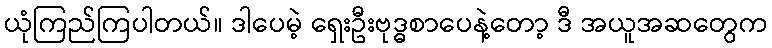
ယုံကြည်ကြပါတယ်။ ဒါပေမဲ့ ရှေးဦးဗုဒ္ဓစာပေနဲ့တော့ ဒီ အယူအဆတွေက